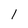
Character: 1